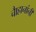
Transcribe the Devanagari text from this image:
चाैहानांनी